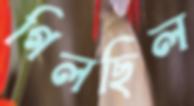
গিলছিল